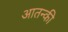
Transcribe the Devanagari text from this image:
आतन्की